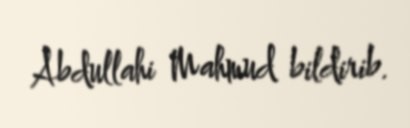
Abdullahi Mahmud bildirib.